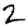
Digit: 2